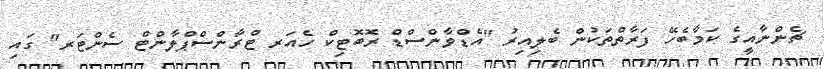
ޗެންނާއީގެ ކަމާބެހޭ ފަރާތްތަކުން ބެލިއިރު "އެޑްވާންސްޑް ރޮބޮޓިކް ހެއަރ ޓްރާންސްޕްލާންޓް ސެންޓަރ" ގައި